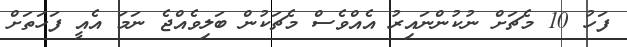
ފަހު 10 މެޗަށް ނުކުންނައިރު އެއްވެސް މެޗަކުން ބަލިވެއްޖެ ނަމަ އެއީ ފަހަތަށް